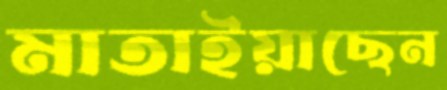
মাতাইয়াছেন